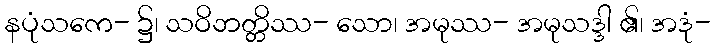
နပုံသကေ- ၌၊ သဝိဘတ္တိဿ- သော၊ အမုဿ- အမုသဒ္ဒါ ၏၊ အဒုံ-